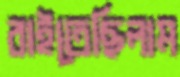
বাইতেছিলাম